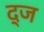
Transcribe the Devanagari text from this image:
द्ज